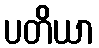
ပတိယာ